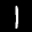
Label: 1